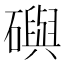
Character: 礖